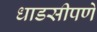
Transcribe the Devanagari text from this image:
धाडसीपणे